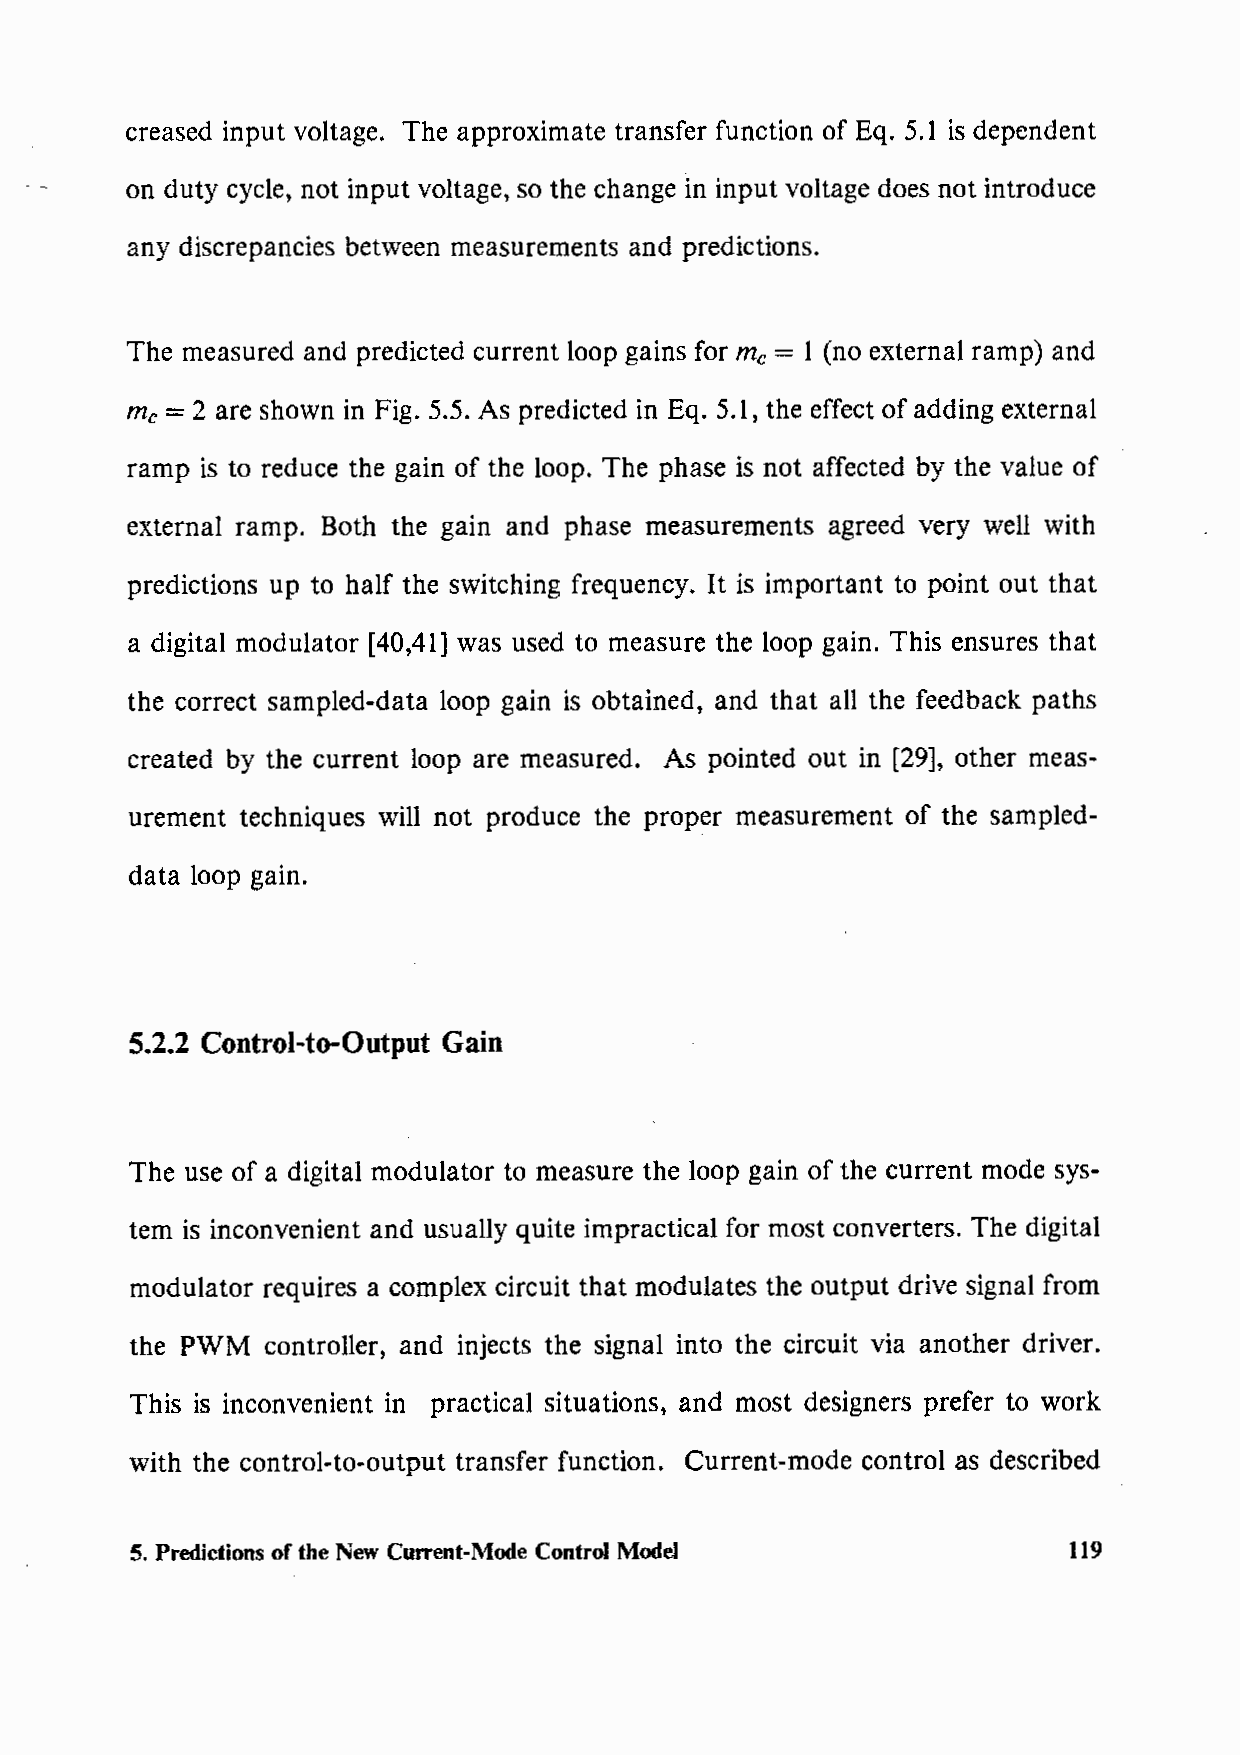
creased input voltage. The approximate transfer function of Eq. 5.1 is dependent
 on duty cycle, not input voltage, so the change in input voltage does not introduce
 any discrepancies between measurements and predictions.
 The measured and predicted current loop gains for me = 1 (no external ramp) and
 me = 2 are shown in Fig. 5.5. As predicted in Eq. 5.1, the effect of adding external
 ramp is to reduce the gain of the loop. The phase is not affected by the value of
 external ramp. Both the gain and phase measurements agreed very well with
 predictions up to half the switching frequency. It is important to point out that
 a digital modulator [40,41] was used to measure the loop gain. This ensures that
 the correct sampled-data loop gain is obtained, and that all the feedback paths
 created by the current loop are measured. As pointed out in [29], other meas-
 urement techniques will not produce the proper measurement of the sampled-
 data loop gain.
 5.2.2 Control-to-Output Gain
 The use of a digital modulator to measure the loop gain of the current mode sys-
 tem is inconvenient and usually quite impractical for most converters. The digital
 modulator requires a complex circuit that modulates the output drive signal from
 the PWM  controller, and injects the signal into the circuit via another driver.
 This is inconvenient in practical situations, and most designers prefer to work
 with the control-to-output transfer function. Current-mode control as described
 5. Predictions of the New Current-Mode Control Model           119